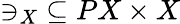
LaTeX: {\ni_{X}}\subseteq PX\times X